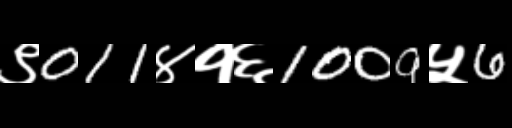
Text: ९011४१६1009५6